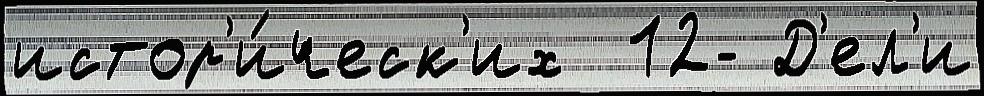
истор'и́ческ'их  12- Д'ел'и